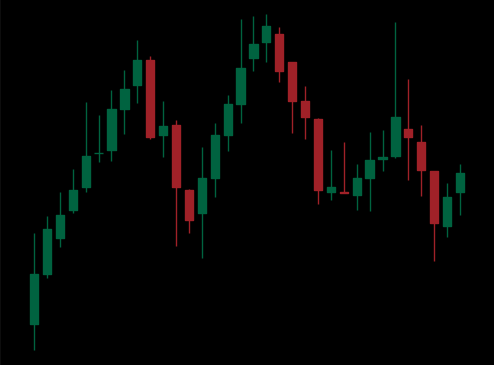
Pattern: head_shoulders